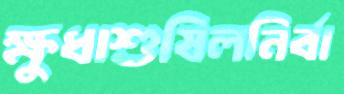
ক্ষুধাশুষিলনির্বা